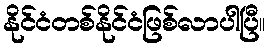
နိုင်ငံတစ်နိုင်ငံဖြစ်လာပါပြီ။